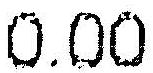
0.00